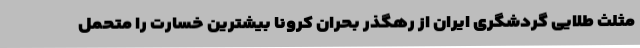
مثلث طلایی گردشگری ایران از رهگذر بحران کرونا بیشترین خسارت را متحمل